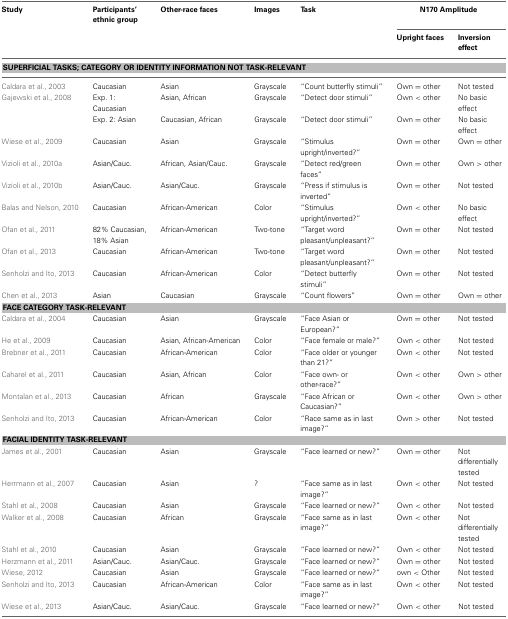
<table><thead><tr><td><b>Study</b></td><td><b>Participants&#x27; ethnic group</b></td><td><b>Other-race faces</b></td><td><b>Images</b></td><td><b>Task</b></td><td colspan="2"><b>N170 Amplitude</b></td></tr><tr><td></td><td></td><td></td><td></td><td></td><td><b>Upright faces</b></td><td><b>Inversion effect</b></td></tr></thead><tbody><tr><td colspan="7"><b>SUPERFICIAL TASKS; CATEGORY OR IDENTITY INFORMATION NOT TASK-RELEVANT</b></td></tr><tr><td>Caldara et al., 2003</td><td>Caucasian</td><td>Asian</td><td>Grayscale</td><td>“Count butterfly stimuli”</td><td>Own = other</td><td>Not tested</td></tr><tr><td>Gajewski et al., 2008</td><td>Exp. 1: Caucasian</td><td>Asian, African</td><td>Grayscale</td><td>“Detect door stimuli”</td><td>Own &lt; other</td><td>No basic effect</td></tr><tr><td></td><td>Exp. 2: Asian</td><td>Caucasian, African</td><td>Grayscale</td><td>“Detect door stimuli”</td><td>Own = other</td><td>No basic effect</td></tr><tr><td>Wiese et al., 2009</td><td>Caucasian</td><td>Asian</td><td>Grayscale</td><td>“Stimulus upright/inverted?”</td><td>Own = other</td><td>Own = other</td></tr><tr><td>Vizioli et al., 2010a</td><td>Asian/Cauc.</td><td>African, Asian/Cauc.</td><td>Grayscale</td><td>“Detect red/green faces”</td><td>Own = other</td><td>Own &gt; other</td></tr><tr><td>Vizioli et al., 2010b</td><td>Asian/Cauc.</td><td>Asian/Cauc.</td><td>Grayscale</td><td>“Press if stimulus is inverted”</td><td>Own = other</td><td>Not tested</td></tr><tr><td>Balas and Nelson, 2010</td><td>Caucasian</td><td>African-American</td><td>Color</td><td>“Stimulus upright/inverted?”</td><td>Own &lt; other</td><td>No basic effect</td></tr><tr><td>Ofan et al., 2011</td><td>82% Caucasian, 18% Asian</td><td>African-American</td><td>Two-tone</td><td>“Target word pleasant/unpleasant?”</td><td>Own = other</td><td>Not tested</td></tr><tr><td>Ofan et al., 2013</td><td>Caucasian</td><td>African-American</td><td>Two-tone</td><td>“Target word pleasant/unpleasant?”</td><td>Own = other</td><td>Not tested</td></tr><tr><td>Senholzi and Ito, 2013</td><td>Caucasian</td><td>African-American</td><td>Color</td><td>“Detect butterfly stimuli”</td><td>Own = other</td><td>Not tested</td></tr><tr><td>Chen et al., 2013</td><td>Asian</td><td>Caucasian</td><td>Grayscale</td><td>“Count flowers”</td><td>Own = other</td><td>Own = other</td></tr><tr><td colspan="7"><b>FACE CATEGORY TASK-RELEVANT</b></td></tr><tr><td>Caldara et al., 2004</td><td>Caucasian</td><td>Asian</td><td>Grayscale</td><td>“Face Asian or European?”</td><td>Own = other</td><td>Not tested</td></tr><tr><td>He et al., 2009</td><td>Caucasian</td><td>Asian, African-American</td><td>Color</td><td>“Face female or male?”</td><td>Own &lt; other</td><td>Not tested</td></tr><tr><td>Brebner et al., 2011</td><td>Caucasian</td><td>African-American</td><td>Color</td><td>“Face older or younger than 21?”</td><td>Own &lt; other</td><td>Not tested</td></tr><tr><td>Caharel et al., 2011</td><td>Caucasian</td><td>Asian, African</td><td>Color</td><td>“Face own- or other-race?”</td><td>Own &lt; other</td><td>Own &gt; other</td></tr><tr><td>Montalan et al., 2013</td><td>Caucasian</td><td>African</td><td>Grayscale</td><td>“Face African or Caucasian?”</td><td>Own &lt; other</td><td>Own &gt; other</td></tr><tr><td>Senholzi and Ito, 2013</td><td>Caucasian</td><td>African-American</td><td>Color</td><td>“Race same as in last image?”</td><td>Own &gt; other</td><td>Not tested</td></tr><tr><td colspan="7"><b>FACIAL IDENTITY TASK-RELEVANT</b></td></tr><tr><td>James et al., 2001</td><td>Caucasian</td><td>Asian</td><td>Grayscale</td><td>“Face learned or new?”</td><td>Own = other</td><td>Not differentially tested</td></tr><tr><td>Herrmann et al., 2007</td><td>Caucasian</td><td>Asian</td><td>?</td><td>“Face same as in last image?”</td><td>Own &lt; other</td><td>Not tested</td></tr><tr><td>Stahl et al., 2008</td><td>Caucasian</td><td>Asian</td><td>Grayscale</td><td>“Face learned or new?”</td><td>Own &lt; other</td><td>Not tested</td></tr><tr><td>Walker et al., 2008</td><td>Caucasian</td><td>African</td><td>Grayscale</td><td>“Face same as in last image?”</td><td>Own &lt; other</td><td>Not differentially tested</td></tr><tr><td>Stahl et al., 2010</td><td>Caucasian</td><td>Asian</td><td>Grayscale</td><td>“Face learned or new?”</td><td>Own &lt; other</td><td>Not tested</td></tr><tr><td>Herzmann et al., 2011</td><td>Asian/Cauc.</td><td>Asian/Cauc.</td><td>Grayscale</td><td>“Face learned or new?”</td><td>Own = other</td><td>Not tested</td></tr><tr><td>Wiese, 2012</td><td>Caucasian</td><td>Asian</td><td>Grayscale</td><td>“Face learned or new?”</td><td>own &lt; Other</td><td>Not tested</td></tr><tr><td>Senholzi and Ito, 2013</td><td>Caucasian</td><td>African-American</td><td>Color</td><td>“Face same as in last image?”</td><td>Own &lt; other</td><td>Not tested</td></tr><tr><td>Wiese et al., 2013</td><td>Asian/Cauc.</td><td>Asian/Cauc.</td><td>Grayscale</td><td>“Face learned or new?”</td><td>Own &lt; other</td><td>Not tested</td></tr></tbody></table>